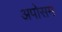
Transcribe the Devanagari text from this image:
अपोसम